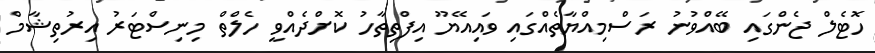
ހޮޓެލް ޖެންގައި ބޭއްވުނު ރަސްމިއްޔާތެއްގައި ވައިއޭޔޫ އިފްތިތާހު ކޮށްދެއްވީ ހެލްތް މިނިސްޓަރު އިރުތިޝާމް